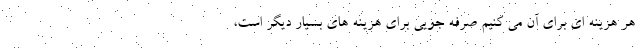
هر هزینه ای برای آن می کنیم صرفه جویی برای هزینه های بسیار دیگر است،